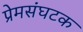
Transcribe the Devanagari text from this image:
प्रेमसंघटक